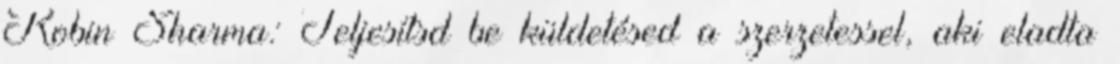
Robin Sharma: Teljesítsd be küldetésed a szerzetessel, aki eladta